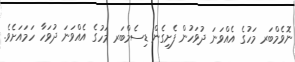
ނޮވެމްބަރ މަހުގެ އެއްވަނަ ދުވަހުން ފެށިގެން ޑިސެމްބަރ މަހުގެ އެއްވަނަ ދުވަހާ ހަމައަށެވެ.